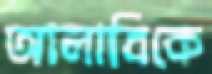
আলাবিকে